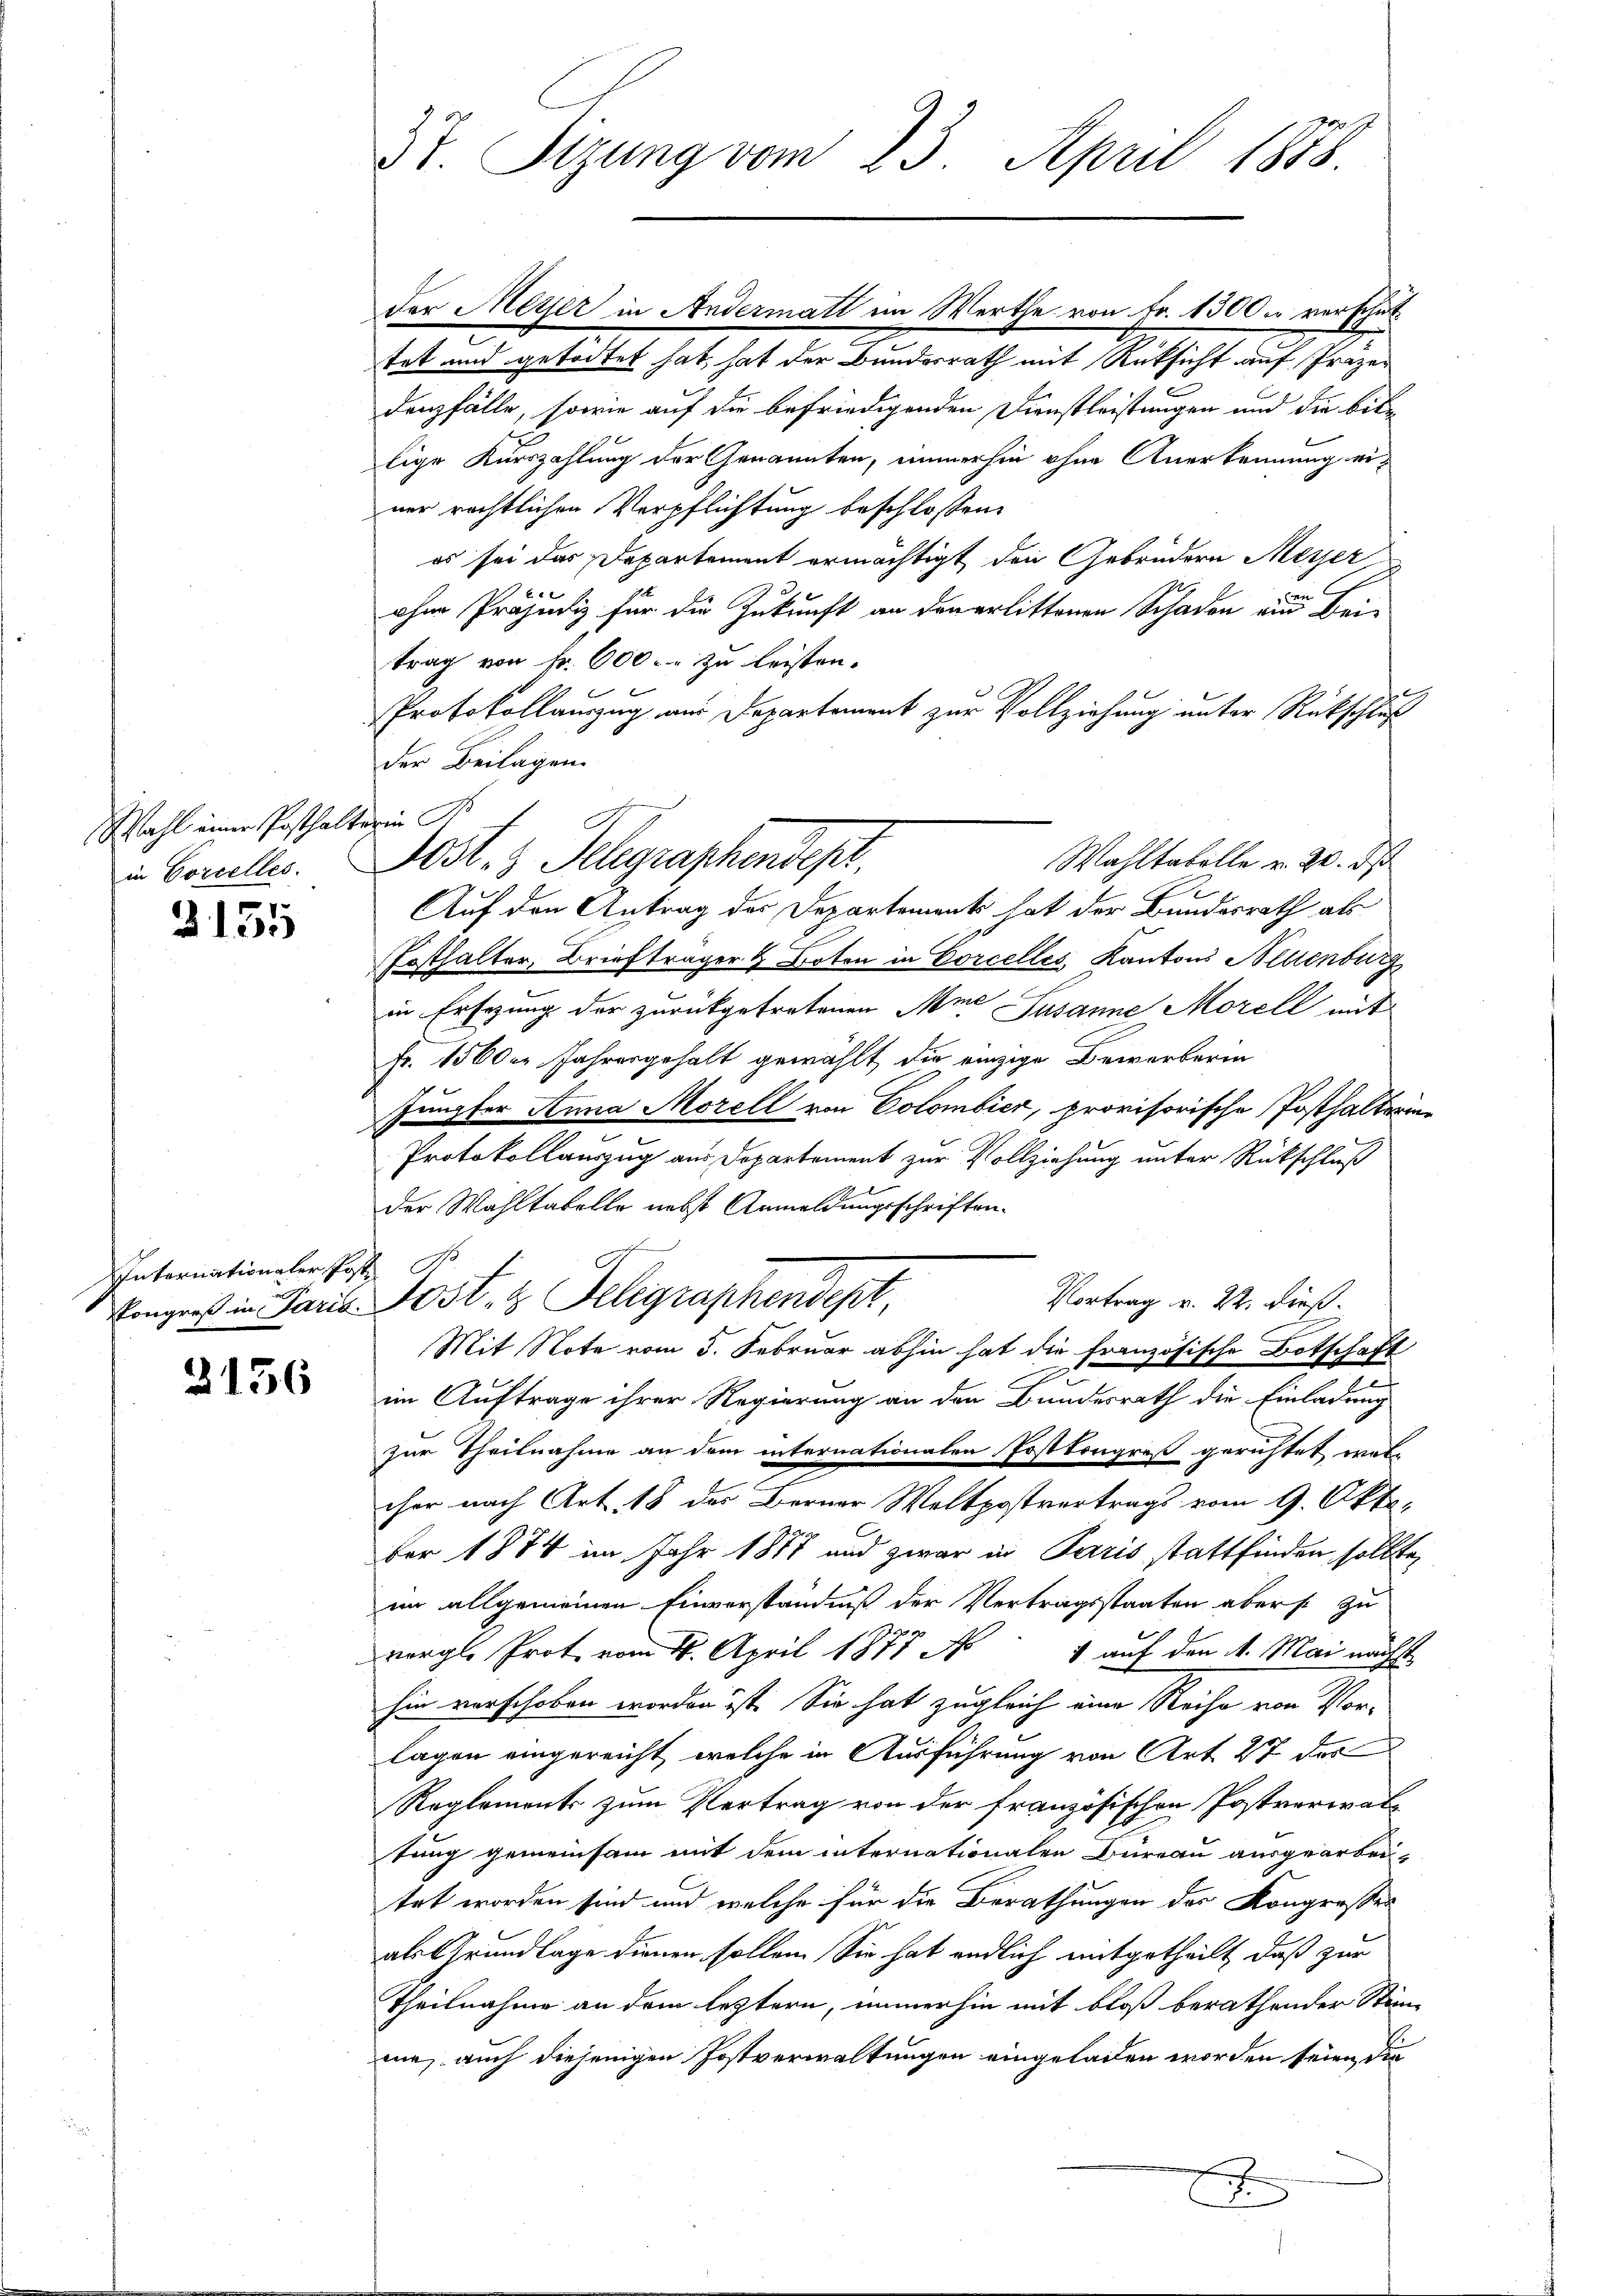
Wahl einer Posthalterin St
in Corcelles.

3135

Internationaler Post. B.

3156

3t. Sizung vom 23. April 1878.

der Meyer in Andermatt im Werthe von Fr. 1300. verschut
tat und getödtet hat, hat der Bundesrath mit Rüksicht auf Frizer
denzfälle, sowie auf die befriedigenden Dienstleistungen und die bitlige Kurszahlung der Genannten, immerhin ohne Anerkennung ei-
ner rechtlichen Verpflichtung beschlossen:
es sei das Departement ermächtigt den Gebrüdern Meyer
e
u
ohne Präjudiz für die Zukunft an den erlittenen Schaden am Bei-
trag von Fr. 600. zu leisten.
Protokollauszug aus Departement zur Vollziehung unter Rückschluß
der Beilagen.
Wahltabelle v. 2. ds
Auf den Antrag des Departements hat der Bundesrath als
Fosthalter, Briefträger & Boten in Corcelles, Kantons Altenburg
in Ersezung der zurückgetretenen Mine Susanne Morell mit
Fr. 1560er Jahresgehalt gewählt, die einzige Bewerberin
fängter Anna Morell von Colombier, provisorische Posthalterin¬
Protokollauszug aus Departement zur Vollziehung unter Rückschluß
der Wahltabelle nebst Anmeldungsschriften.
Vortrag v. 22. dieß.
Köngers in Paris Post- & Gelegraphendept,
Mit Note vom 3. Februar abhin hat die französische Botschaft
u
im Auftrage ihrer Regierung an den Bundesrath die Einladung
zur Theilnahme an dem internationalen Postkongreß gerichtet word
cher nach Art. 18 des Berner Weltpostvertrags vom 9. Okt.
ber 1874 im Jahr 1877 und zwar in Paris stattfinden sollte,
im allgemeinen Einverständniß der Vertragsstaaten abers zu
vergl. Prot. vom 16. April 1877 N 1 auf den 1. Mai nächst
hin verschoben worden ist. Sie hat zugleich eine Reihe von Vorlagen eingereicht, welche in Ausführung von Art. 27 des
Reglements zum Vertrag von der französischen Postverwaltung gemeinsam mit dem internationalen Bureau ausgearbei-
tet worden sind und welche für die Berathungen der Kongresser
als Grundlage dienen sollen. Sie hat endlich mitgetheilt, daß zur
Theilnahme an dem leztern, immerhin mit bloß berathender Stim-
me, auch diejenigen Postverwaltungen eingeladen worden seien, die
x

dest. 3. Telegraphendest